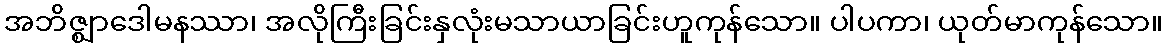
အဘိဇ္ဈာဒေါမနဿာ၊ အလိုကြီးခြင်းနှလုံးမသာယာခြင်းဟူကုန်သော။ ပါပကာ၊ ယုတ်မာကုန်သော။